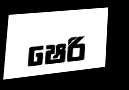
ෂෙරි